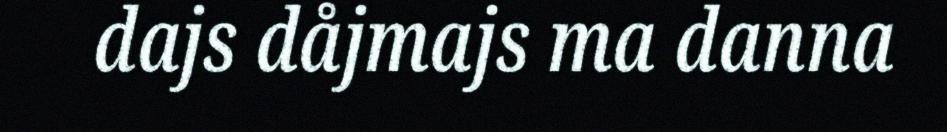
dajs dåjmajs ma danna